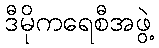
ဒီမိုကရေစီအဖွဲ့